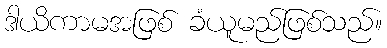
ဒါယိကာမအဖြစ် ခံယူမည်ဖြစ်သည်။